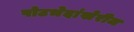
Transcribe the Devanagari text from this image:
पोटभेदांखेरीज